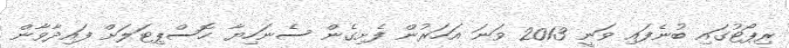
ރިޕޯޓުގައި ބުނެފައި ވަނީ 2013 ވަނަ އަހަރުން ފެށިގެން ސެނަހިޔާ ހޮސްޕިޓަލަށް ފައިދާވާން